Vaike-Kullamaa_(Vaikna)_vallavalitsus, lk 39
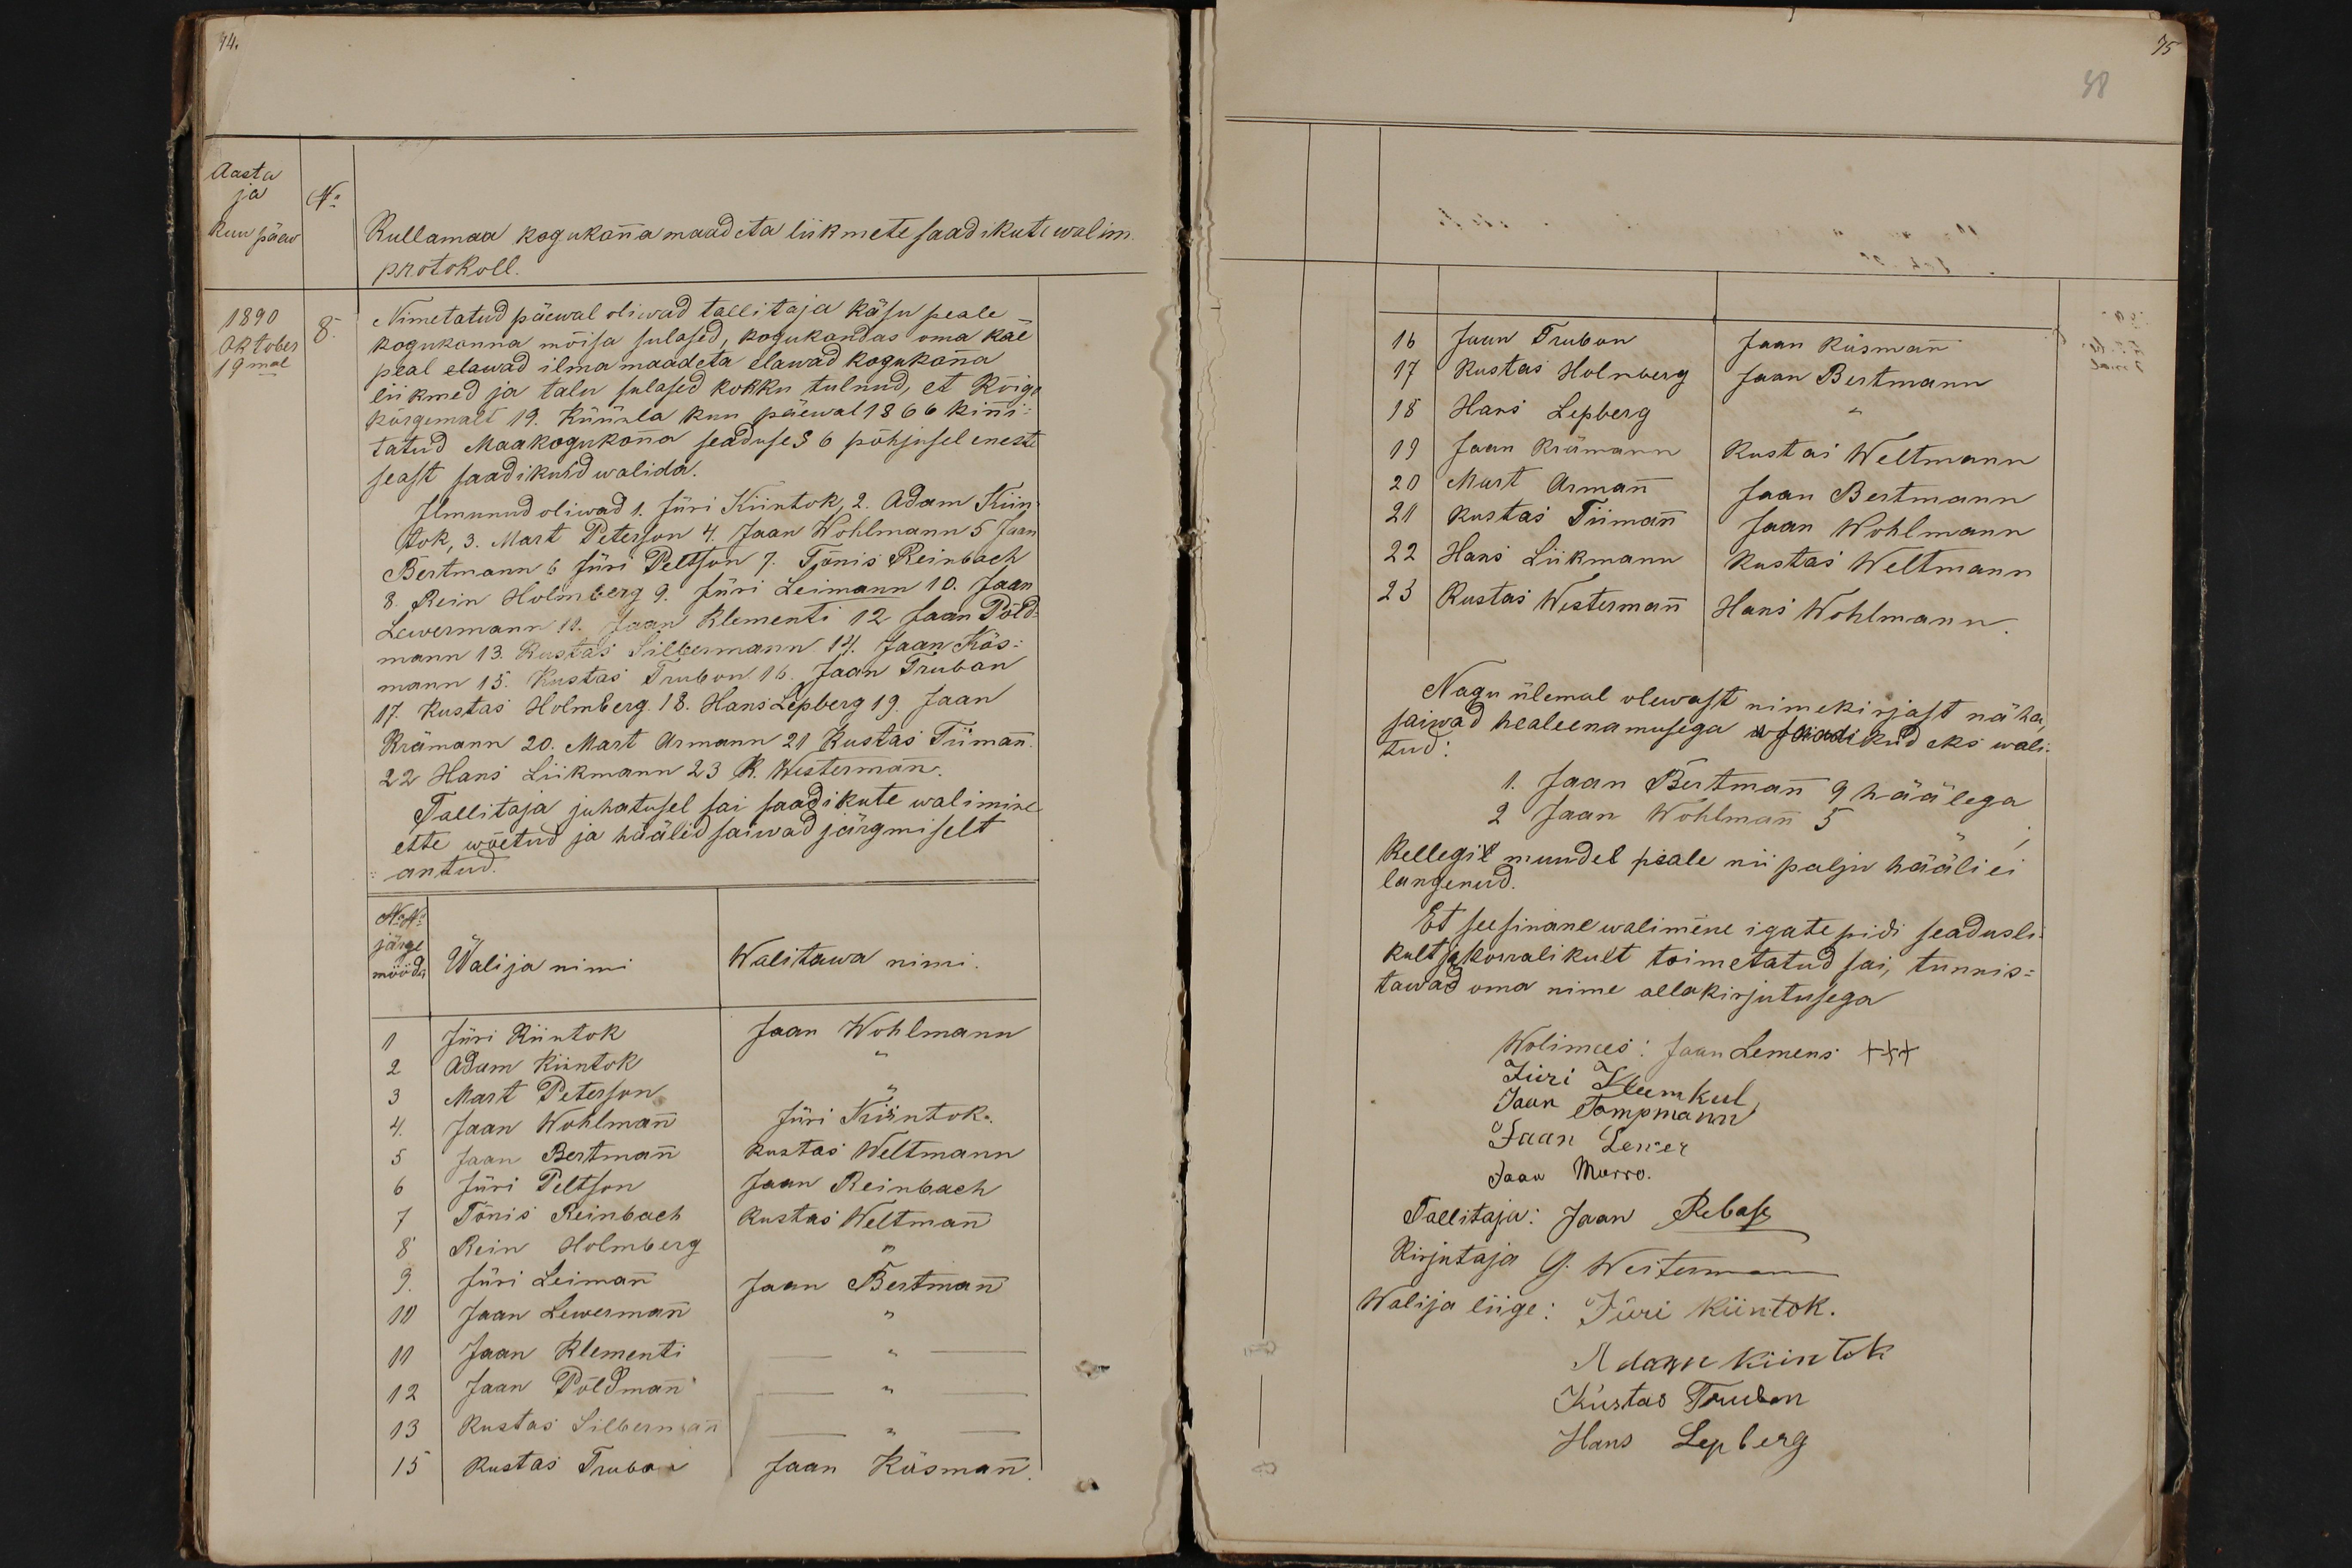
Aasta
ja
No
kuu päew
Kullamaa kogukonna maadeta liikmete saadikute walim.
protokoll.
1890
Nimetatud päewal oliwad tallitaja käsu peale
Oktober
8.
kogukonna mõisa sulased, kogukandas oma kae-
Nimetatud päewal oliwad tallitaja käsu peale
19mal
peal elavad ilma maadeta elawad kogukona.
liikmed ja talu sulased kokku tulnud, et kõige
kõrgemalt 19. Küünla kuu päewal 1866 kinni-
tatud Maakogukona seaduse § 6 põhjusel eneste
seast saadikuid walida.
Ilmnud oliwad 1. Jüri Kiintok, 2. Adam Kiin-
tok. 3. Mart Peterson 4. Jaan Wohlmann 5 Jaan
Bertmann 6 Jüri Petsson 7. Tõnis Reinbach
8. Rein Holmberg 9. Jüri Leimann 10. Jaan
Lewermann 11. Jaan Klementi 12 Jaan Põld-
mann 13. Kustas Silbermann 14. Jaan Käs-
mann 15. Kustas Trubon. 16. Jaan Iruban
17. Kustas Holmberg. 18. Hans Lepberg 19. Jaan
Brämann 20. Mart Armann 21. Kustas Triman
22 Hans Liikmann 23 R. Westerman.
Tallitaja juhatusel sai saadikute walimine
ette wõetud ja häälid saiwad järgmiselt
antud.
No: 40
järge
mööda Walija nimi
Walitawa nimi
1 Jüri Kiintok
Jaan Wohlmann
2 Adam Kintok
3 Mart Peterson
4 Jaan Wohlmann
Jüri Kiintok.
5 Jaan Bertmann
Kustas Weltmann
6 Jüri Peltson
Jaan Reinbach
7 Tõnis Reinbach
Kustas Weltmann
8 Rein Holmberg
9. Jüri Leimann
Jaan Bertmann
10 Jaan Lewermann
10 Jaan Klementi
12 Jaan Põldmann
13 Kustas Silbermann
15 Kustas Truban
Jaan Käsmann

38
16 Jaan Trubon
Jaan Käsmann
17 Kustas Holmberg
Jaan Bertmann
18 Hans Lepperg
19 Jaan Brämann
Kustas Weltmann
20 Mart Armann
Jaan Bertmann
21 Kustas Tiimann
Jaan Wohlmann
22 Hans Liikmann
Kustas Weltmann
23 Kustas Westermann
Hans Wohlmann
Nagu ülemal olewast nimekirjast näha
saiwad healeenamusega saadikud eks wali-
tud:
2 Jaan Wohlmann 5
1. Jaan Bertmann 9 häälega
Kellegil muudel peale nii palju hääli ei
langenud.
Et seesinane walimine igate pidi seadusli
kult ja korralikult toimetatud sai, tunnis-
tawad oma nime allakirjutusega
Wolimes: Jaan Lemens +++
Jüri Klemkul
Jaan Tompmann
Jaan Lewer
Jaan Murro
Tallitaja: Jaan Rebase
Kirjutaja G. Westerman
Walija liige: Jüri Kiintok.
Adam Kiintok
Kustas Truban
Hans Lepberg